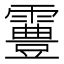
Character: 霻